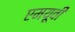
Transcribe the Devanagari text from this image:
एमयूवी